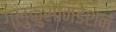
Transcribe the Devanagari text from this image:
ग्लुकुरोनिडेशन